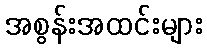
အစွန်းအထင်းများ